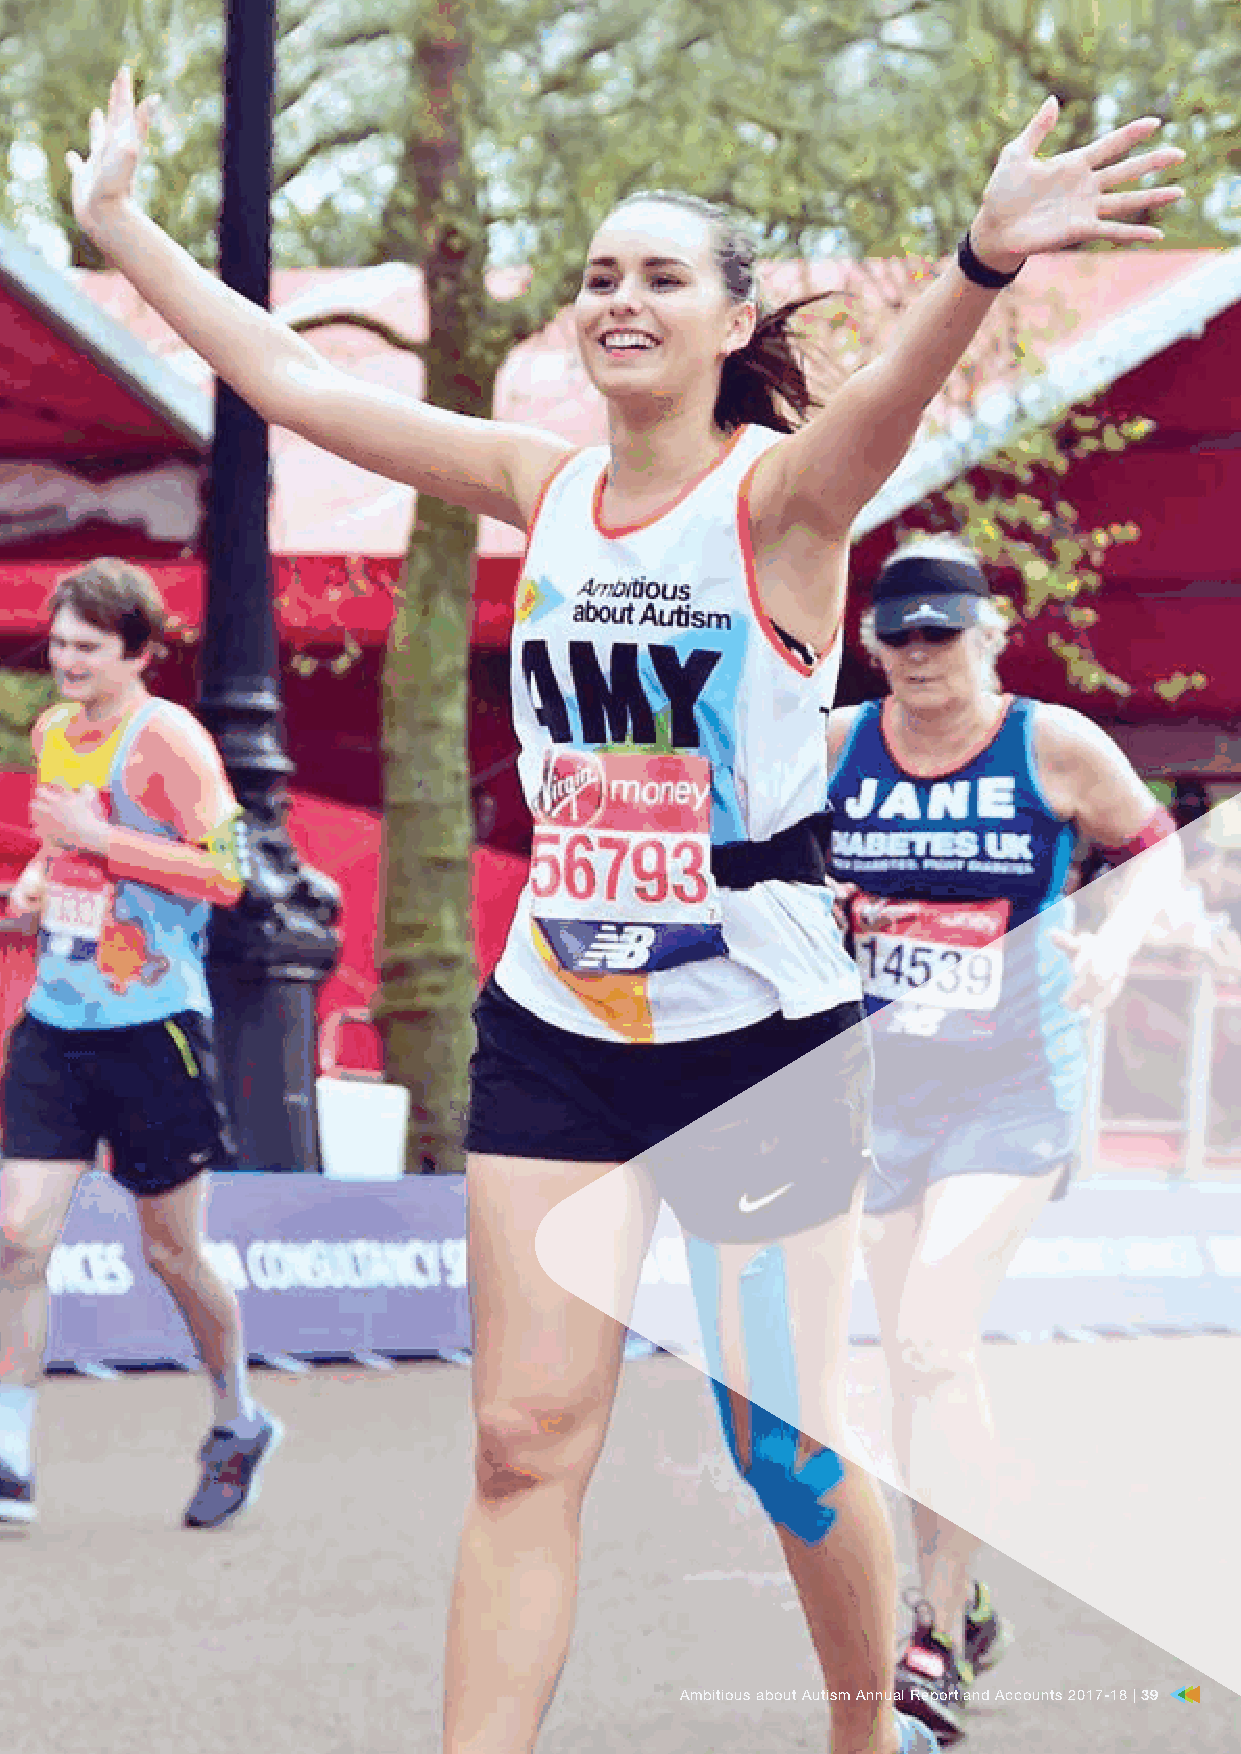
AAmmbbiittiioouuss aabboouutt AAuuttiissmm AAnnnnuuaall RReeppoorrtt aanndd AAccccoouunnttss 22001177–-1188 || 3399